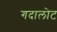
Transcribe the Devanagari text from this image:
गदालोट